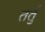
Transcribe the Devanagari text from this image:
तर्तु